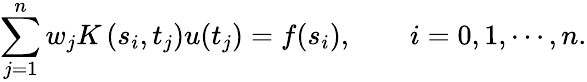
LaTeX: \sum_{j=1}^{n}w_{j}K\left(s_{i},t_{j}\right)u(t_{j})=f(s_{i}),\qquad i=0,1,\cdots,n.